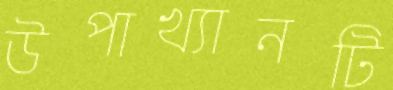
উপাখ্যানটি